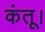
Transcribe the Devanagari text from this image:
कंतू।